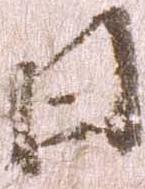
日